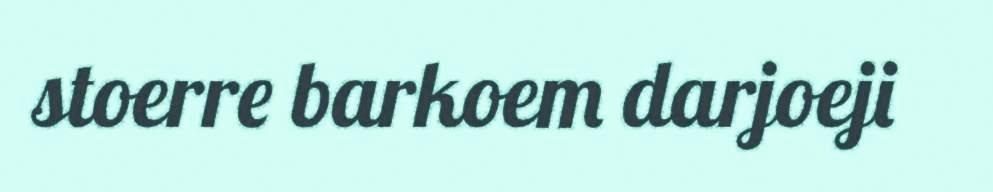
stoerre barkoem darjoeji